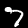
Label: 7